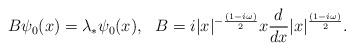
LaTeX: \begin{align*}B\psi_{0}(x) = \lambda_{*} \psi_{0}(x),\ \ B = i |x|^{-\frac{(1-i\omega)}{2}} x\frac{d}{dx} |x|^{\frac{(1-i\omega)}{2}}.\end{align*}